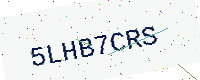
Text: 5LHB7CRS